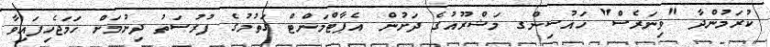
ކުރަމުންދާ "ވިނަރެސް" ހައުސިންގ މަޝްރޫއުގެ ދަށުން އެޕާޓްމަންޓް ގަތުމުގެ ފުރުސަތު ދިނުމަށް ހަމަޖެހިފައިވާ